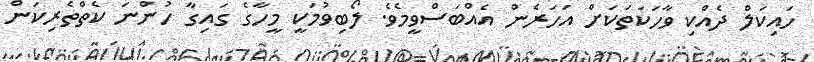
ހައިކަލް ދެއްކި ވާހަކަތަކަށް އަހަރެން އެއްބަސްވީމެވެ. ލޯބިވުމަކީ މީހާގެ ގައިގާ ހުންނަ ކެތްތެރިކަން